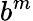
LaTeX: b^{m}